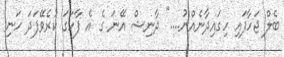
ބެލް ޖަހާފައި ހިގައިދާނެއްނު...." ދާނިޝް އޭނަ ގެ އެ ފާހަގަ ކުރެވޭފަދަ ހަނި